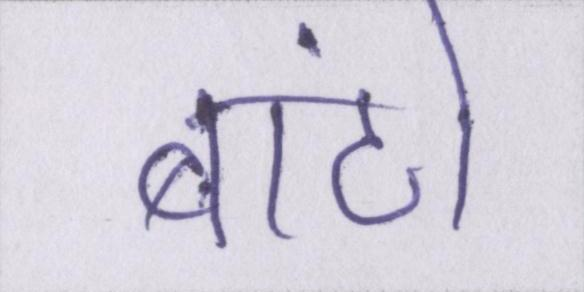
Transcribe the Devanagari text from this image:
बांटो